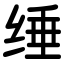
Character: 缍